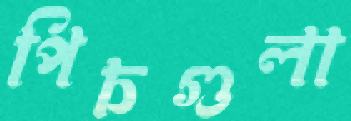
পিচগুলা